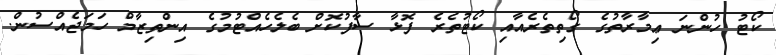
ކޯޓު ހުންނަ ޢިމާރާތުގެ ގޯތިތެރެއާއި ކޯޓުތެރެ ފޮޅާ ސާފުކޮށް ބެލެހެއްޓުމުގެ އިންތިޒާމް ހަމަޖެއްސުން.